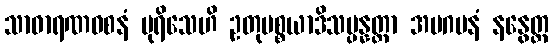
သာဓာရဏဝစနံ ပုရိသေဟိ ဥတုပစ္စယာဒိသမ္ပန္နတ္တာ အပဂမနံ နနွေတ္ထ